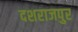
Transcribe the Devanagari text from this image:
दशराजपुर